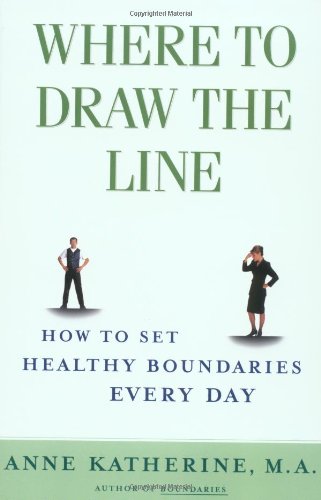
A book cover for Where to Draw the Line: How to Set Healthy Boundaries Every Day; Anne Katherine; Self-Help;